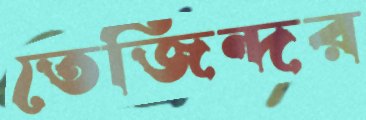
তেজিন্দর